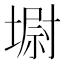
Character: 墛